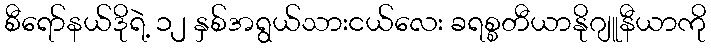
စီရော်နယ်ဒိုရဲ့ ၁၂ နှစ်အရွယ်သားငယ်လေး ခရစ္စတီယာနိုဂျူနီယာကို